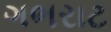
ગભરાટ